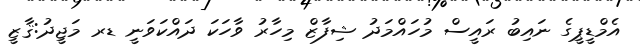
އެމްޑީޕީގެ ނައިބު ރައީސް މުހައްމަދު ޝިފާޒް މިހާރު ވާހަކަ ދައްކަވަނީ ޑރ މަޖީދު:ޤާޒީ